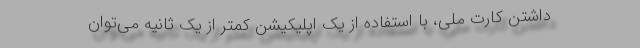
داشتن کارت ملی، با استفاده از یک اپلیکیشن کمتر از یک ثانیه می‌توان